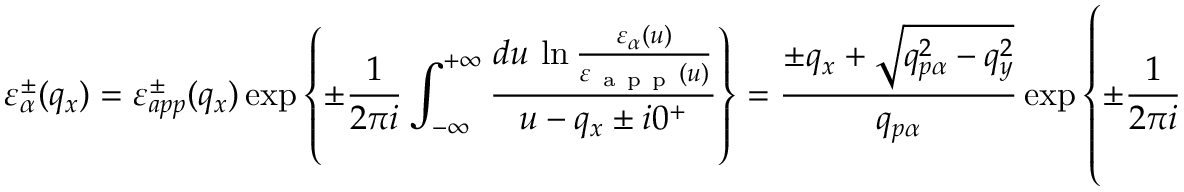
\varepsilon _ { \alpha } ^ { \pm } ( { { q } _ { x } } ) = \varepsilon _ { a p p } ^ { \pm } ( { { q } _ { x } } ) \exp \left\{ \pm \frac { 1 } { 2 \pi i } \int _ { - \infty } ^ { + \infty } { \frac { d u \, \ln \frac { { { \varepsilon } _ { \alpha } } ( u ) } { { { \varepsilon } _ { \mathrm { ~ a ~ p ~ p ~ } } } ( u ) } } { u - { { q } _ { x } } \pm i { { 0 } ^ { + } } } } \right\} = \frac { \pm { { q } _ { x } } + \sqrt { q _ { p \alpha } ^ { 2 } - q _ { y } ^ { 2 } } } { { { q } _ { p \alpha } } } \exp \left\{ \pm \frac { 1 } { 2 \pi i } \int _ { - \infty } ^ { + \infty } { \frac { d u \, \ln \left[ 1 + \sqrt { \frac { { { u } ^ { 2 } } + q _ { y } ^ { 2 } } { q _ { p \alpha } ^ { 2 } } } \right] } { u - { { q } _ { x } } \pm i { { 0 } ^ { + } } } } \right\} ,